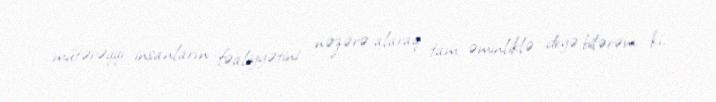
mütərəqqi insanların fəaliyyətini nəzərə alaraq tam əminliklə deyə bilərəm ki,